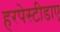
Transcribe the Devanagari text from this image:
हरपेस्टीडाए